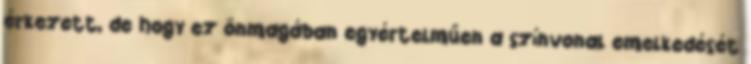
érkezett, de hogy ez önmagában egyértelműen a színvonal emelkedését